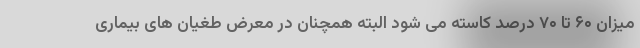
میزان ۶۰ تا ۷۰ درصد کاسته می شود البته همچنان در معرض طغیان های بیماری